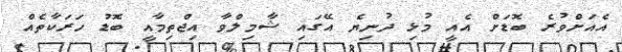
އެއަށްވުރެ ބޮޑަށް އެއީ މުޅި ދުނިޔެ އޭގައި ޝާމިލްވާ އިޖްތިމާއީ ބޮޑު ހަރަކާތެއް